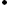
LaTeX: \boldsymbol{\cdot}